Vaccination in Bombay 1889-1901 - 1889-1901
Year: 1889
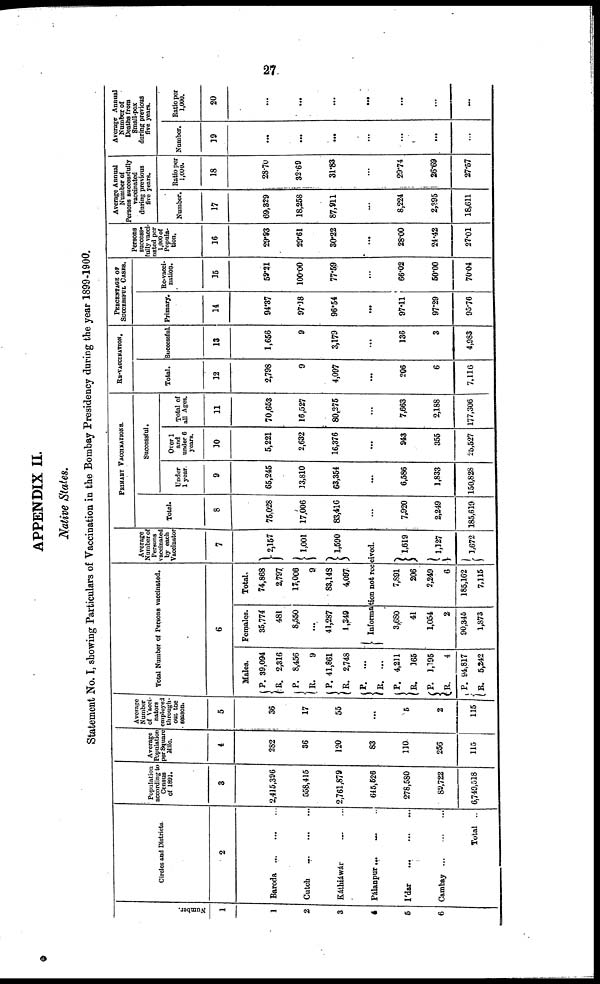
27
APPENDIX II.
Native States.
Statement No. I, showing Particulars of Vaccination in the Bombay Presidency during the year 1899-1900.
Number.
1
1
2
3
4
5
6
Circles and Districts.
2
Baroda ... ... ...
Cutch ... ... ...
Káthiáwár ... ...
Pálanpur ... ...
I'dar
... ... ...
Cambay...
...
...
Total ..
Population
according to
Census
of 1891.
3
2,415,396
508,415
2,761,879
645,526
278,580
89,722
6,749,518
Average
Population
per Square
Mile.
4
282
36
120
83
110
256
115
Average
Number
of Vacci¬
natore
employed
through-
out the
season.
5
36
17
55
...
5
2
115
Total Number of Persons vaccinated.
6
Males.
P.
R.
P.
R.
P.
R.
P.
R.
P.
R.
P.
R.
P.
R.
39,094
2,316
8,456
9
41,861
2,748
...
...
4,211
165
1,195
4
94,817
5,242
Females.
35,774
481
8,550
...
41,287
1,349
Total.
74,868
3,797,
17,006
9
83,143
4,097
Average
Number of
Persons
vaccinated
by each
Vaccinator
7
2,157
1,001
1,590
Information not received.
3,680
41
1,054
2
90,345
1,873
7,891
206
2,249
6
185,162
7,115
1,619
1,127
1,672
PRIMARY VACCINATIONS.
Total.
8
75,028
17,006
83,416
...
7,920
2,249
185,619
Successful.
Under
1 year.
9
65,245
13,810
63,354
...
6,586
1,833
150,828
Over 1
and
under 6
years.
10
5,221
2,632
16,376
...
943
355
25,527
Total of
all Ages.
11
70,653
16,527
80,275
...
7,663
2,188
177,306
RE-VACCINATION.
Total.
12
2,798
9
4,097
...
206
6
7,116
Successful.
13
1,656
9
3,179
...
136
3
4,983
PERCENTAGE OF
SUCCESSFUL CASES.
Primary.
14
94.37
97.18
96.54
...
97.11
97.29
95.76
Re-vacci-
nation.
15
59.21
100.00
77.59
...
66.02
50.00
70.04
Persons
success¬
fully vacci-
nated per
1,000 of
Popula-
tion.
16
29.93
29.61
30.22
...
28.00
24.42
27.01
Average Annual
Number of
Persons successfully
vaccinated
during previous
five years.
Number.
17
69,329
18,258
87,911
...
8,224
2,395
18,611
Ratio per
1,000.
18
28.70
32.69
31.83
...
29.74
26.69
27.57
Average Annual
Number of
Deaths from
Small-pox
during previous
five years.
Number.
19
...
...
...
...
...
...
...
Ratio per
1,000.
20
...
...
...
...
...
...
...